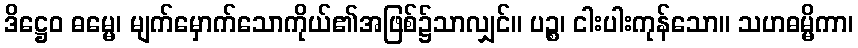
ဒိဋ္ဌေဝ ဓမ္မေ၊ မျက်မှောက်သောကိုယ်၏အဖြစ်၌သာလျှင်။ ပဉ္စ၊ ငါးပါးကုန်သော။ သဟဓမ္မိကာ၊